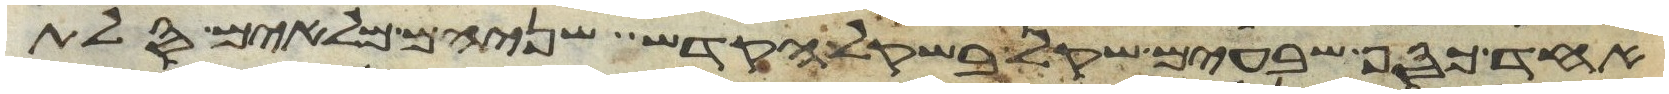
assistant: אחד כסף שבעים שקל בשקל הקדש שניהם מלאים סלת